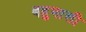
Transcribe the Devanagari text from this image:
बहुभासी